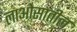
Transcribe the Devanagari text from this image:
लाओसातील